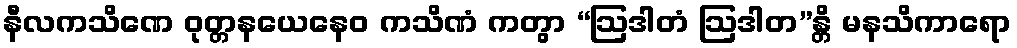
နီလကသိဏေ ဝုတ္တနယေနေဝ ကသိဏံ ကတွာ “ဩဒါတံ ဩဒါတ”န္တိ မနသိကာရော